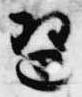
琶